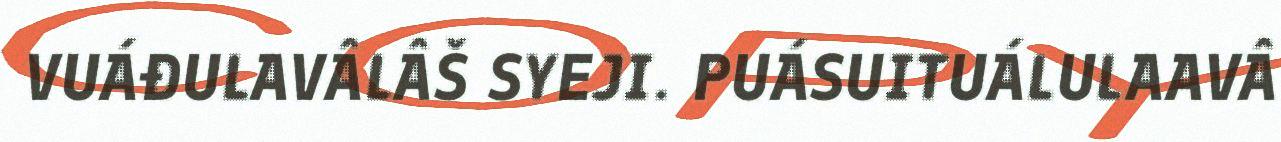
VUÁĐULAVÂLÂŠ SYEJI. PUÁSUITUÁLULAAVÂ